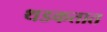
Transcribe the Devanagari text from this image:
थडकतात